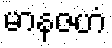
မာနဇဟံ